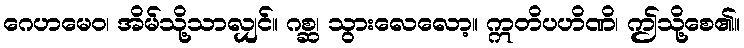
ဂေဟမေဝ၊ အိမ်သို့သာလျှင်။ ဂစ္ဆ၊ သွားလေလော့။ ဣတိပဟိဏိ၊ ဤသို့စေ၏။